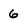
Character: 6